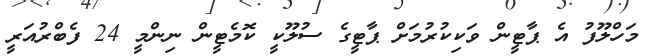
މަހްލޫފު އެ ޕާޓީން ވަކިކުރުމަށް ޕާޓީގެ ސުލޫކީ ކޮމެޓީން ނިންމީ 24 ފެބްރުއަރީ